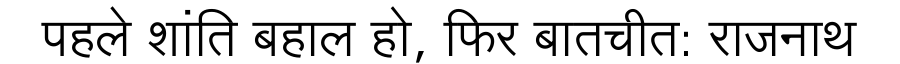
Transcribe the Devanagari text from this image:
पहले शांति बहाल हो, फिर बातचीत: राजनाथ